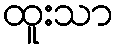
ထူးသာ